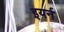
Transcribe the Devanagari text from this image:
इयर्न